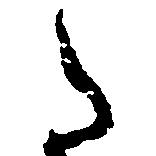
た